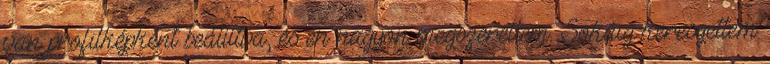
van profilképként beállítva, és én nagyon megszerettem. Sokáig keresgettem